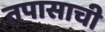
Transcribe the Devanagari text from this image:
तपासाची